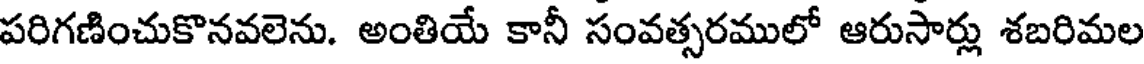
పరిగణించుకొనవలెను. అంతియే కానీ సంవత్సరములో ఆరుసార్లు శబరిమల